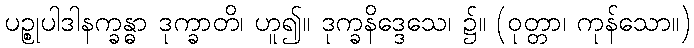
ပဉ္စုပါဒါနက္ခန္ဓာ ဒုက္ခာတိ၊ ဟူ၍။ ဒုက္ခနိဒ္ဒေသေ၊ ၌။ (ဝုတ္တာ၊ ကုန်သော။)